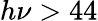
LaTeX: h\nu>44